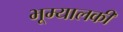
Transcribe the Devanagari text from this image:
भूम्यालकी